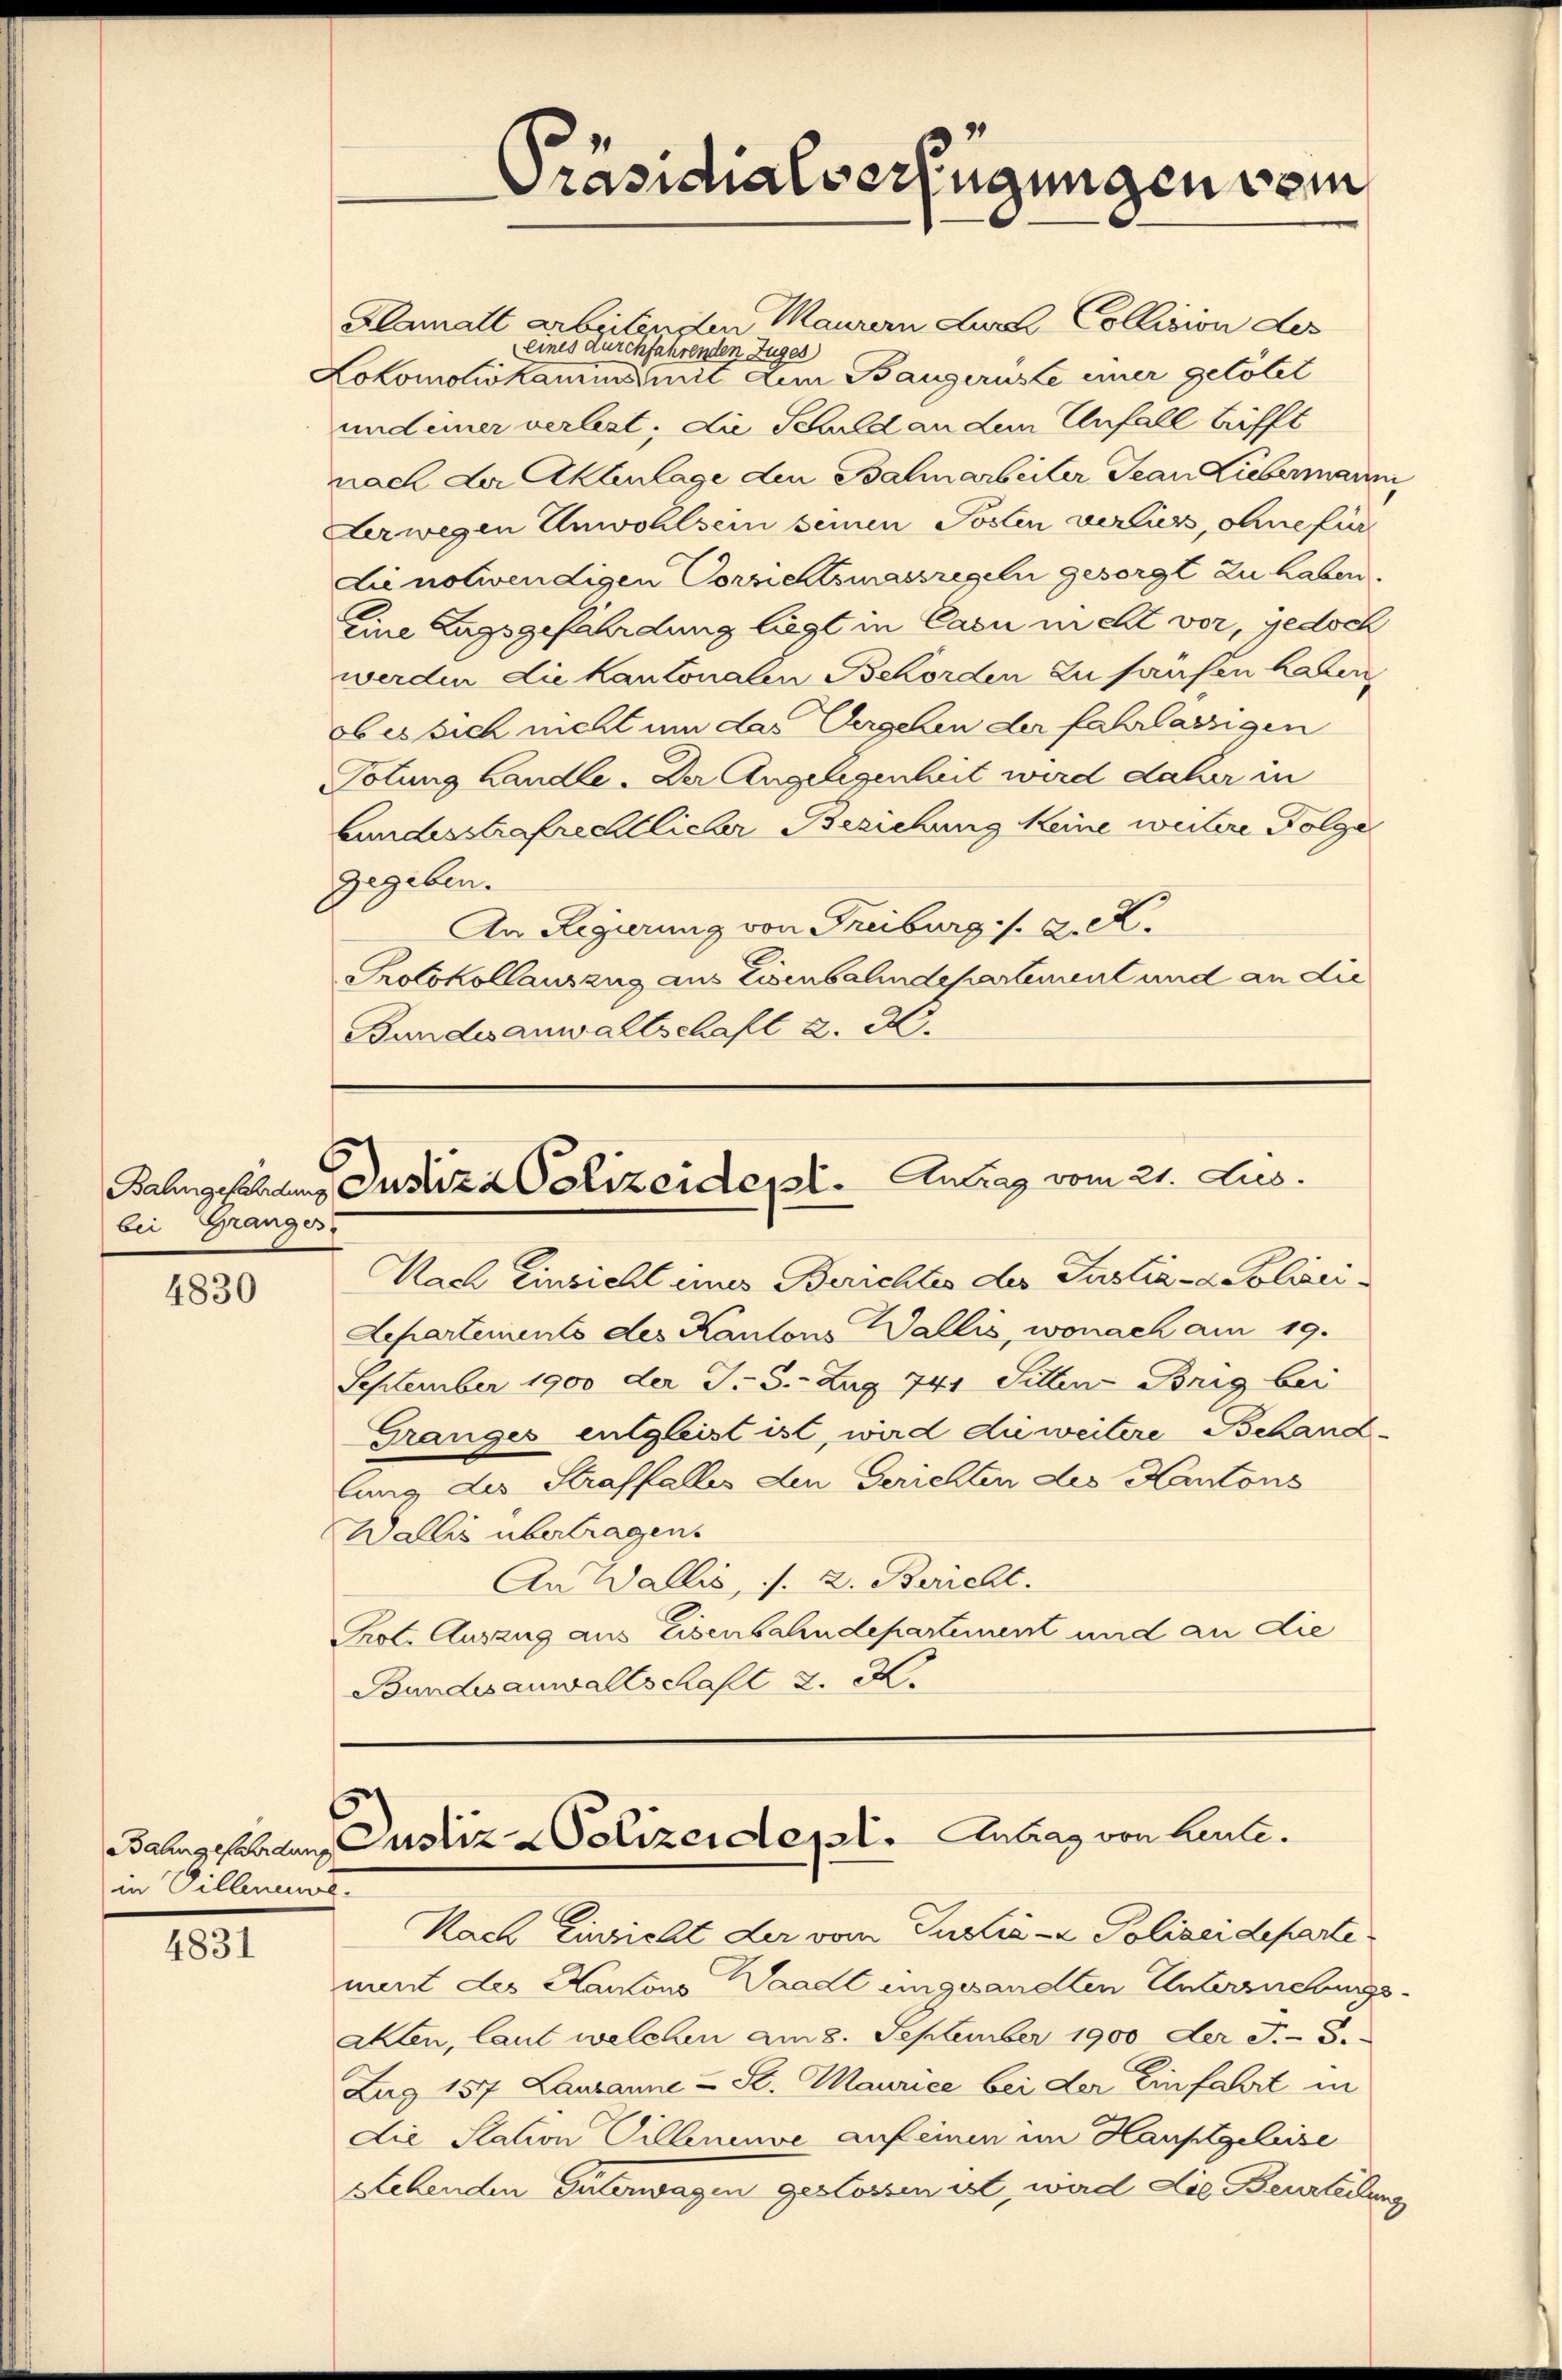
bei Granges

4830

in Villenen

4831

Bahngesehen Justiz & Polizeident. Antrag vom 21. Jus.

Bahngesehen Pustiz - Polizeidepl. Antrag von Bauli.

Präsidialverfügungen vom

Klamatt arbeitenden Maurern durch Collision des
eines durchfahrenden Zuges
Lokomolskamms mit dem Baugerüste einer getötet
und einer verlest; die Schuld an dem Unfall trifft
nach der Aktenlage den Bahnarbeiter Jean Liebermann
Derwegen Anwohlsein seinen Posten verliess, ohne für
Lie notwendigen Vorsichtsmassregeln gesorgt zu haben.
eine Zugsgefährdung liegt in Casu nicht vor, jedoch
werden die Kantonalen Behörden zu haufen haben,
obersich nicht um das Vergehen der fahrlässigen
Tolung Landle. Der Angelegenheit wird daher in
Landesstrafrechtlicher Beziehung keine weitere Folge
gegeben.
An Regierung von Freiburg s. Z. Z.
Protokollauszug aus Eisenbahndepartement und an die
Bundesanwaltschaft d. 20.

Nach Einsicht eines Berichtes der Justiz- & Polizei-
Separtements des Kantons Wallis, wonach am 19.
September 1900 der J. 5.- Zug 741 Sitten Brig bei
Granges entgleist ist, wird die weitere Behand
lung des Straffalles den Gerichten des Kantons
Wallis übertragen.
An Wallis, s. 2. Bericht.
Prot. Auszug aus Eisenbahndepartement und an die
Bundesanwaltschaft d. M.

Nach Einsicht der vom Justiz- & Polizeidepartemint des Kantons Waadt eingesandten Untersuchungs
Akten, laut welchen am 8. September 1900 der J.- 3.
Lag 157. Lausanne - St. Maurice bei der Einfahrt in
die Station Villeneuve auf einen im Hauptgeleise
stehenden Güterwagen gestossen ist, wird die Beurteilung